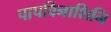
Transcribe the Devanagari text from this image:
पापविनाशिनि